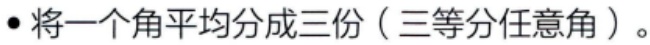
\cdot 将一个角平均分成三份（三等分任意角）。